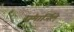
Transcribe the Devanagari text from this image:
संमार्जिले